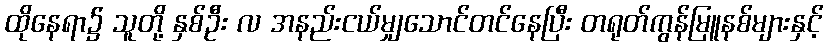
ထိုနေရာ၌ သူတို့ နှစ်ဦး လ အနည်းငယ်မျှသောင်တင်နေပြီး တရုတ်ကွန်မြူနစ်များနှင့်